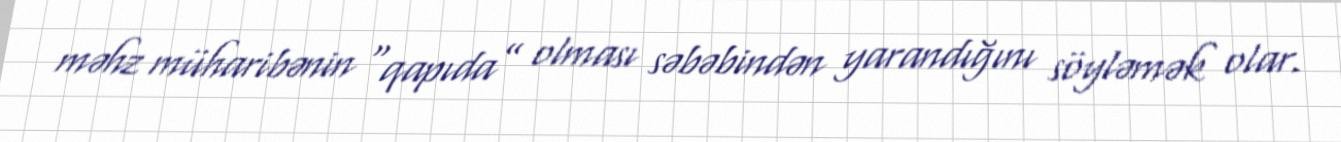
məhz müharibənin “qapıda” olması səbəbindən yarandığını söyləmək olar.